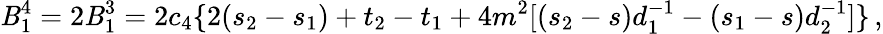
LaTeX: \mathit{B}_{1}^{4}=2\mathit{B}_{1}^{3}=2c_{4}\{ 2(s_{2}-s_{1})+t_{2}-t_{1}+4m^{2}[(s_{2}-s)d_{1}^{-1}-(s_{1}-s)d_{2}^{-1}]\} \, ,